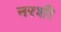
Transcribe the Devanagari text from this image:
नरशी